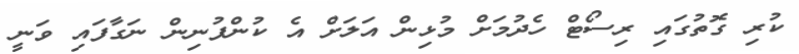
ކުރި ގޮތުގައި ރިސޯޓް ހެދުމަށް މުޅިން އަލަށް އެ ކުންފުނިން ނަގާފައި ވަނީ